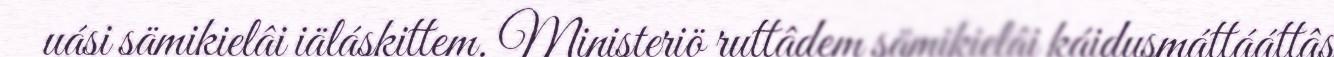
uási sämikielâi iäláskittem. Ministeriö ruttâdem sämikielâi káidusmáttááttâs